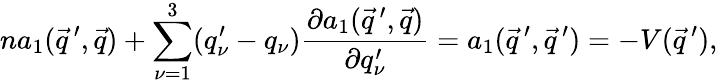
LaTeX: na_{1}(\vec{q}\, ^{\prime},\vec{q})+\sum_{\nu=1}^{3}(q_{\nu}^{\prime}-q_{\nu})\frac{\partial a_{1}(\vec{q}\, ^{\prime},\vec{q})}{\partial q_{\nu}^{\prime}}=a_{1}(\vec{q}\, ^{\prime},\vec{q}\, ^{\prime})=-V(\vec{q}\, ^{\prime}),